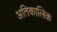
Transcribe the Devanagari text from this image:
अतिकालिक